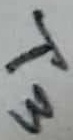
Text: T3